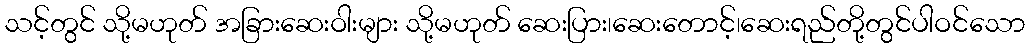
သင့်တွင် သို့မဟုတ် အခြားဆေးဝါးများ သို့မဟုတ် ဆေးပြား၊ဆေးတောင့်၊ဆေးရည်တို့တွင်ပါဝင်သော